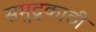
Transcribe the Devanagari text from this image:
समुद्रकाठी